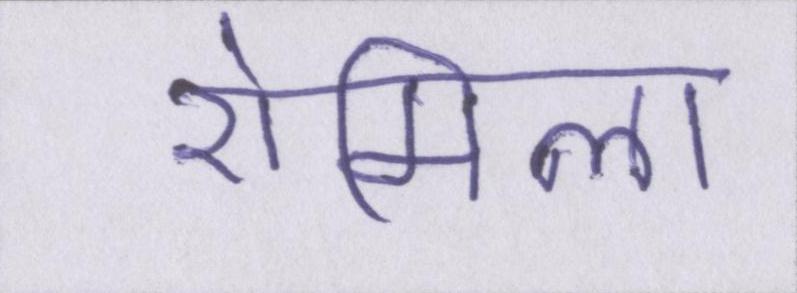
रोमिला